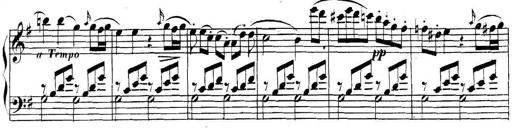
Title: Collected Piano Sonatas
Composer: Muzio Clementi